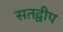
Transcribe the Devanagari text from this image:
सतद्वीप